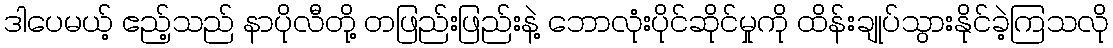
ဒါပေမယ့် ဧည့်သည် နာပိုလီတို့ တဖြည်းဖြည်းနဲ့ ဘောလုံးပိုင်ဆိုင်မှုကို ထိန်းချုပ်သွားနိုင်ခဲ့ကြသလို